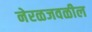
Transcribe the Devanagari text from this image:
नेरळजवळील